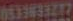
0533633217